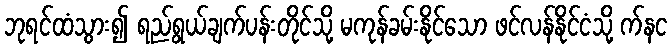
ဘုရင်ထံသွား၍ ရည်ရွယ်ချက်ပန်းတိုင်သို့ မကုန်ခမ်းနိုင်သော ဖင်လန်နိုင်ငံသို့ က်နင